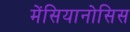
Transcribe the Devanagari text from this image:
मेंसियानोसिस